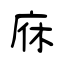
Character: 庥